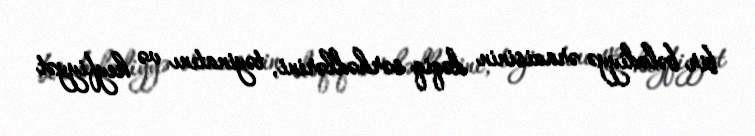
bir bələdiyyə ərazisinin dəqiq sərhədlərini, təyinatını və keyfiyyət